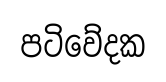
පටිවේදක